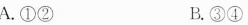
A.①② B.③④